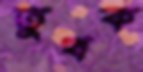
তুত্থক